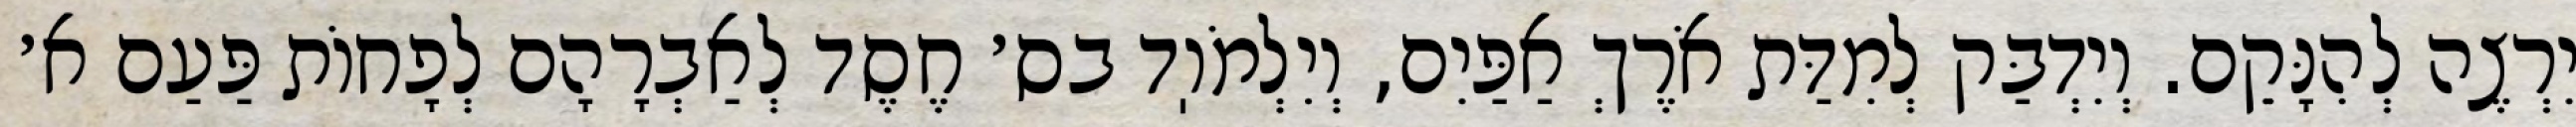
יִרְצֶה לְהִנָּקֵם. וְיִדְבַּק לְמִדַּת אֹרֶךְ אַפַּיִם, וְיִלְמֹוֽד בס׳ חֶסֶד לְאַבְרָהָם לְפָחוֹת פַּעַם א׳